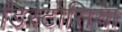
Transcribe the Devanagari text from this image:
डिस्टोसिया